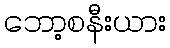
ဘော့စနီးယား